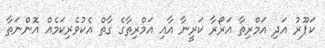
ކަޕޫރު އަދި އަމްރިތާ އަރޯރާ ކަރީނާ އާއި އަމްރިތާގެ ގާތް އެކުވެރިކަމެއް އޮންނަތާ